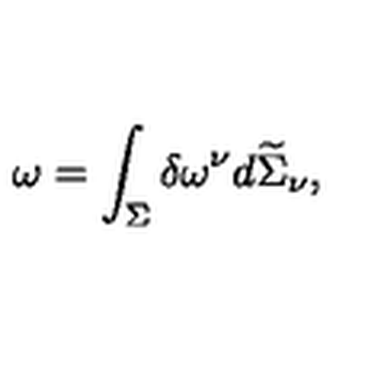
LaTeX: \omega = \int _ { \Sigma } \delta \omega ^ { \nu } d \widetilde { \Sigma } _ { \nu } ,